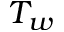
T _ { w }